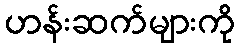
ဟန်းဆက်များကို